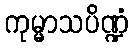
ကုမ္မာသပိဏ္ဍံ